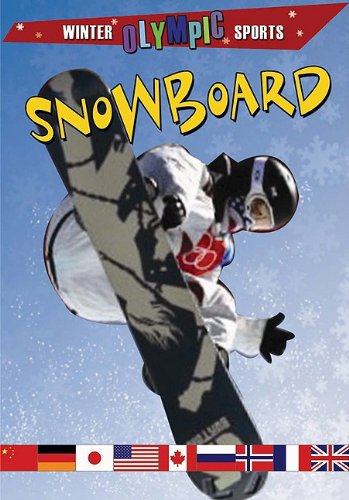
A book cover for Snowboard (Winter Olympic Sports); Joseph Gustaitis; Sports & Outdoors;